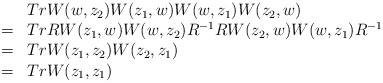
\begin{align*}\begin{array}{rl}&Tr W(w,z_2)W(z_1,w)W(w,z_1)W(z_2,w) \\=&Tr RW(z_1,w)W(w,z_2)R^{-1}RW(z_2,w)W(w,z_1)R^{-1} \\=&Tr W(z_1,z_2)W(z_2,z_1) \\=&Tr W(z_1,z_1) \end{array}\end{align*}